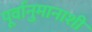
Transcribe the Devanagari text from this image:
पूर्वानुमानाशी